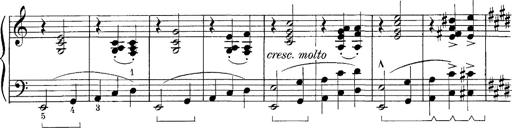
Title: FÃ¼nf KlavierstÃ¼cke
Composer: Franz Liszt